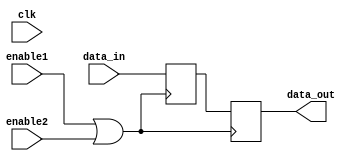
module ClockGatedMemoryBlock (
    input wire clk,           // System clock
    input wire enable1,      // First enable signal
    input wire enable2,      // Second enable signal (additional enable can be added as needed)
    input wire [7:0] data_in, // Data input for memory block (example for an 8-bit memory)
    output reg [7:0] data_out // Data output from memory block
);

    // Internal signal for the gated clock
    wire gated_clk;
    
    // OR gate instance to combine enable signals
    assign gated_clk = enable1 | enable2; // Combine enable signals

    // Memory block (example as a simple register)
    reg [7:0] memory; // Simple memory register for demonstration purposes

    always @(posedge gated_clk) begin
        // Only perform operations when gated_clk is high
        memory <= data_in; // Write data when gated_clk is high
        data_out <= memory; // Read data from memory
    end

endmodule